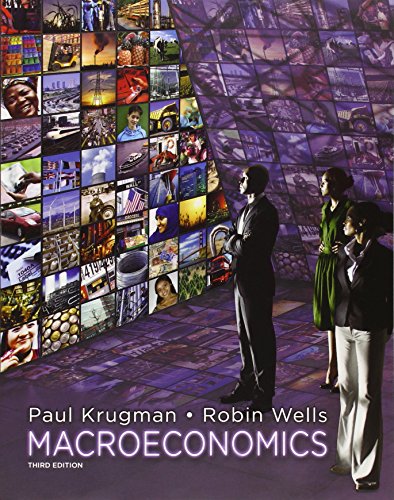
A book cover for Macroeconomics, 3rd Edition; Paul Krugman; Business & Money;